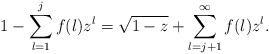
LaTeX: \begin{align*}1-\sum_{l=1}^{j}f(l) z^l=\sqrt{1-z}+\sum_{l=j+1}^\infty f(l) z^l.\end{align*}